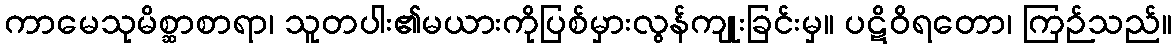
ကာမေသုမိစ္ဆာစာရာ၊ သူတပါး၏မယားကိုပြစ်မှားလွန်ကျုးခြင်းမှ။ ပဋိဝိရတော၊ ကြဉ်သည်။